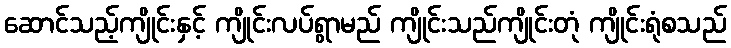
ဆောင်သည့်ကျိုင်းနှင့် ကျိုင်းလပ်ရွာမည် ကျိုင်းသည်ကျိုင်းတုံ ကျိုင်းရုံစသည်